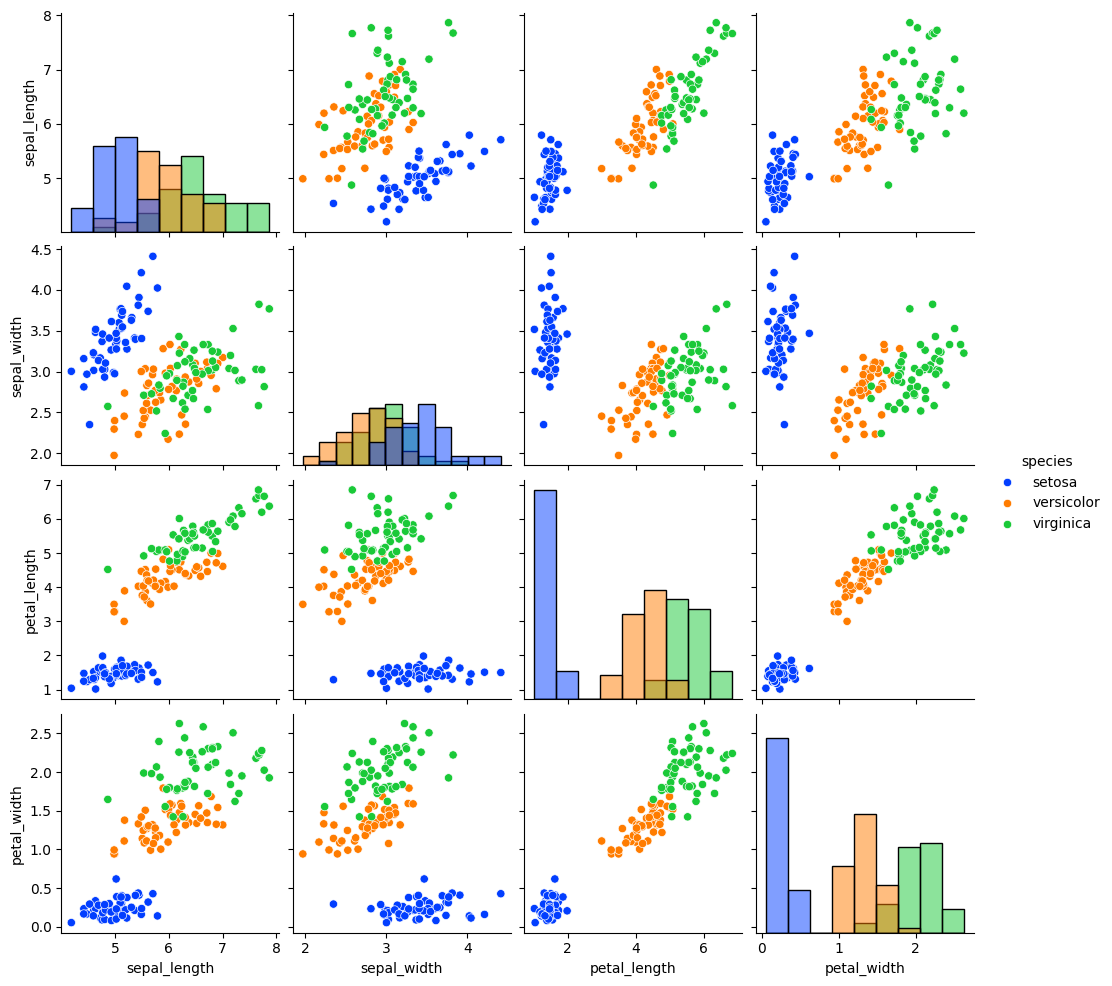
python, seaborn, pairplot, palette='bright', markers=['o'], kind='scatter', diag_kind='hist'